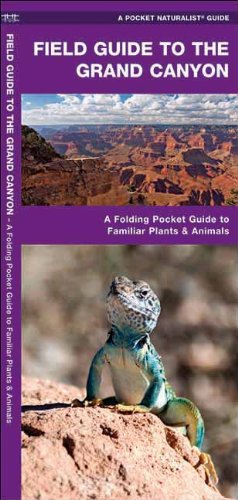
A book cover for Field Guide to the Grand Canyon: An Introduction to Familiar Plants and Animals (Pocket Naturalist Guide Series); James Kavanagh; Travel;